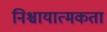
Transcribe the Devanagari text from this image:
निश्चायात्मकता